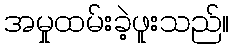
အမှုထမ်းခဲ့ဖူးသည်။